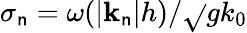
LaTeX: \sigma_{\mathsf{n}}=\omega(|\mathbf{{k}}_{\mathsf{n}}|h)/\sqrt{}{{gk_{0}}}